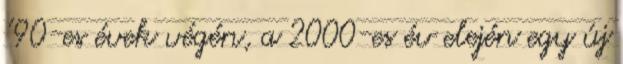
’90-es évek végén, a 2000-es év elején egy új